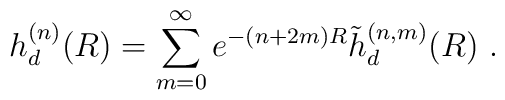
h_d^{(n)}(R) = \sum_{m=0}^\infty e^{- (n + 2m) R} \tilde h_d^{(n,m)} (R)\ .